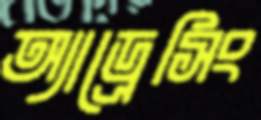
অ্যাড্রেসিং